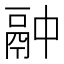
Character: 𫙄